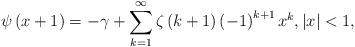
LaTeX: \begin{align*}\psi\left( x+1\right) =-\gamma+\sum_{k=1}^{\infty}\zeta\left( k+1\right)\left( -1\right) ^{k+1}x^{k},\left\vert x\right\vert <1,\end{align*}